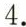
4.